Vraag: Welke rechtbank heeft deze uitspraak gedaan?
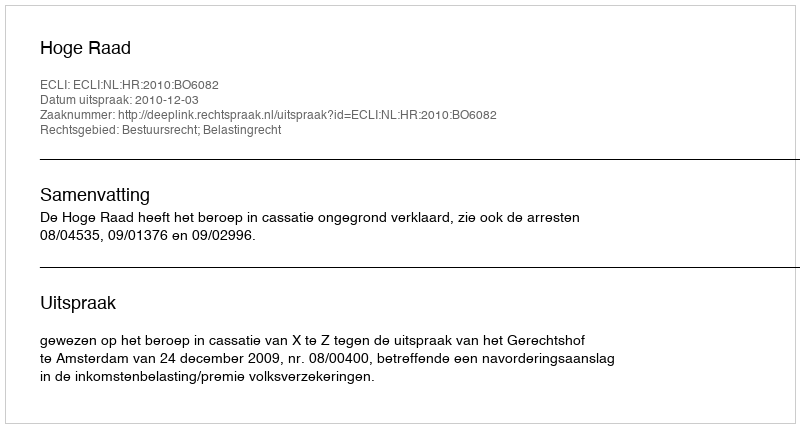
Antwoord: Hoge Raad